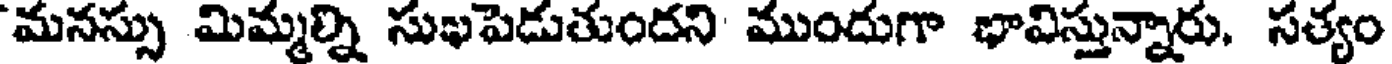
మనస్సు మిమ్మల్ని సుఖపెడుతుందని ముందుగా భావిస్తున్నారు. సత్యం